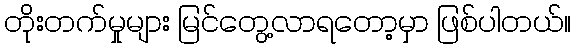
တိုးတက်မှုများ မြင်တွေ့လာရတော့မှာ ဖြစ်ပါတယ်။